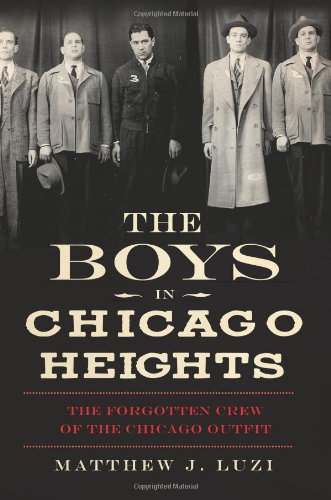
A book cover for The Boys in Chicago Heights:: The Forgotten Crew of the Chicago Outfit (True Crime); Matthew Luzi; Biographies & Memoirs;